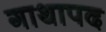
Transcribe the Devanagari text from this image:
गाथापद